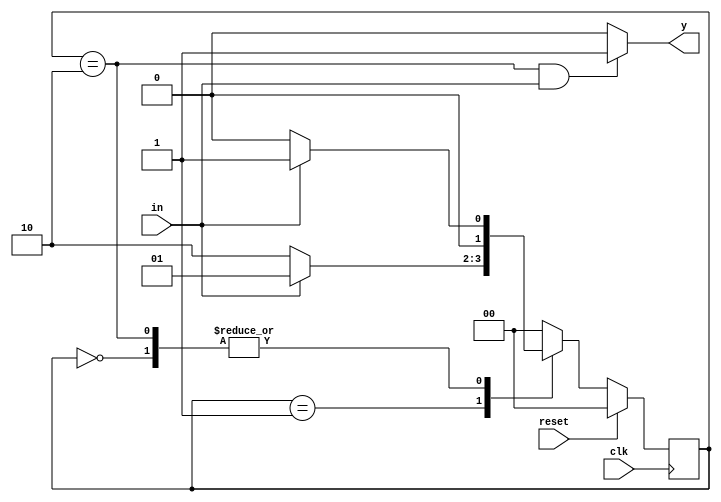
module seq101(input clk,in,reset,output  y);
parameter s0=2'b00,s1=2'b01,s2=2'b10;
reg [1:0]ns,ps;
always @(posedge clk)
begin
if(reset==1)
ps<=s0;
else
ps<=ns;
end

assign y=((ps==s2)&&(in==1))?1:0;

always@(in or clk)
begin
case(ps)
s0:
begin
if(in==1)
ns=s1;
else
ns=s0;
end
s1:
begin
if(in==1)
ns=s1;
else
ns=s2;
end
s2:
begin
if(in==1)
ns=s1;
else
ns=s0;
end
default:
begin
 ns=s0;
end
endcase
end

endmodule